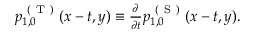
\begin{array} { r } { p _ { 1 , 0 } ^ { \mathrm { ~ ( ~ T ~ ) ~ } } ( x - t , y ) \equiv \frac { \partial } { \partial t } p _ { 1 , 0 } ^ { \mathrm { ~ ( ~ S ~ ) ~ } } ( x - t , y ) . } \end{array}